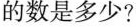
的数是多少?